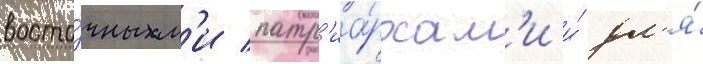
восто́чным'и патр'иа́рхам'и и́ дл'я́